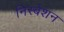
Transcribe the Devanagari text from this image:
निस्बेशन